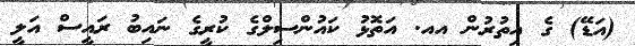
(އަޑޭ) ގެ އިތުރުން އއ. އަތޮޅު ކައުންސިލްގެ ކުރީގެ ނައިބު ރައީސް އަލީ